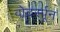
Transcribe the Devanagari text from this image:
वोदर्स्पून